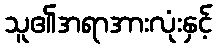
သူ၏အရာအားလုံးနှင့်